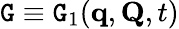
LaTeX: \mathtt{G}\equiv\mathtt{G}_{1}(\mathbf{{q}},\mathbf{{Q}},t)